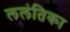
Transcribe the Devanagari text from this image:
ललंतिका